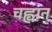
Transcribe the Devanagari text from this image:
चह्वान